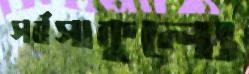
সর্বসাকুল্যে